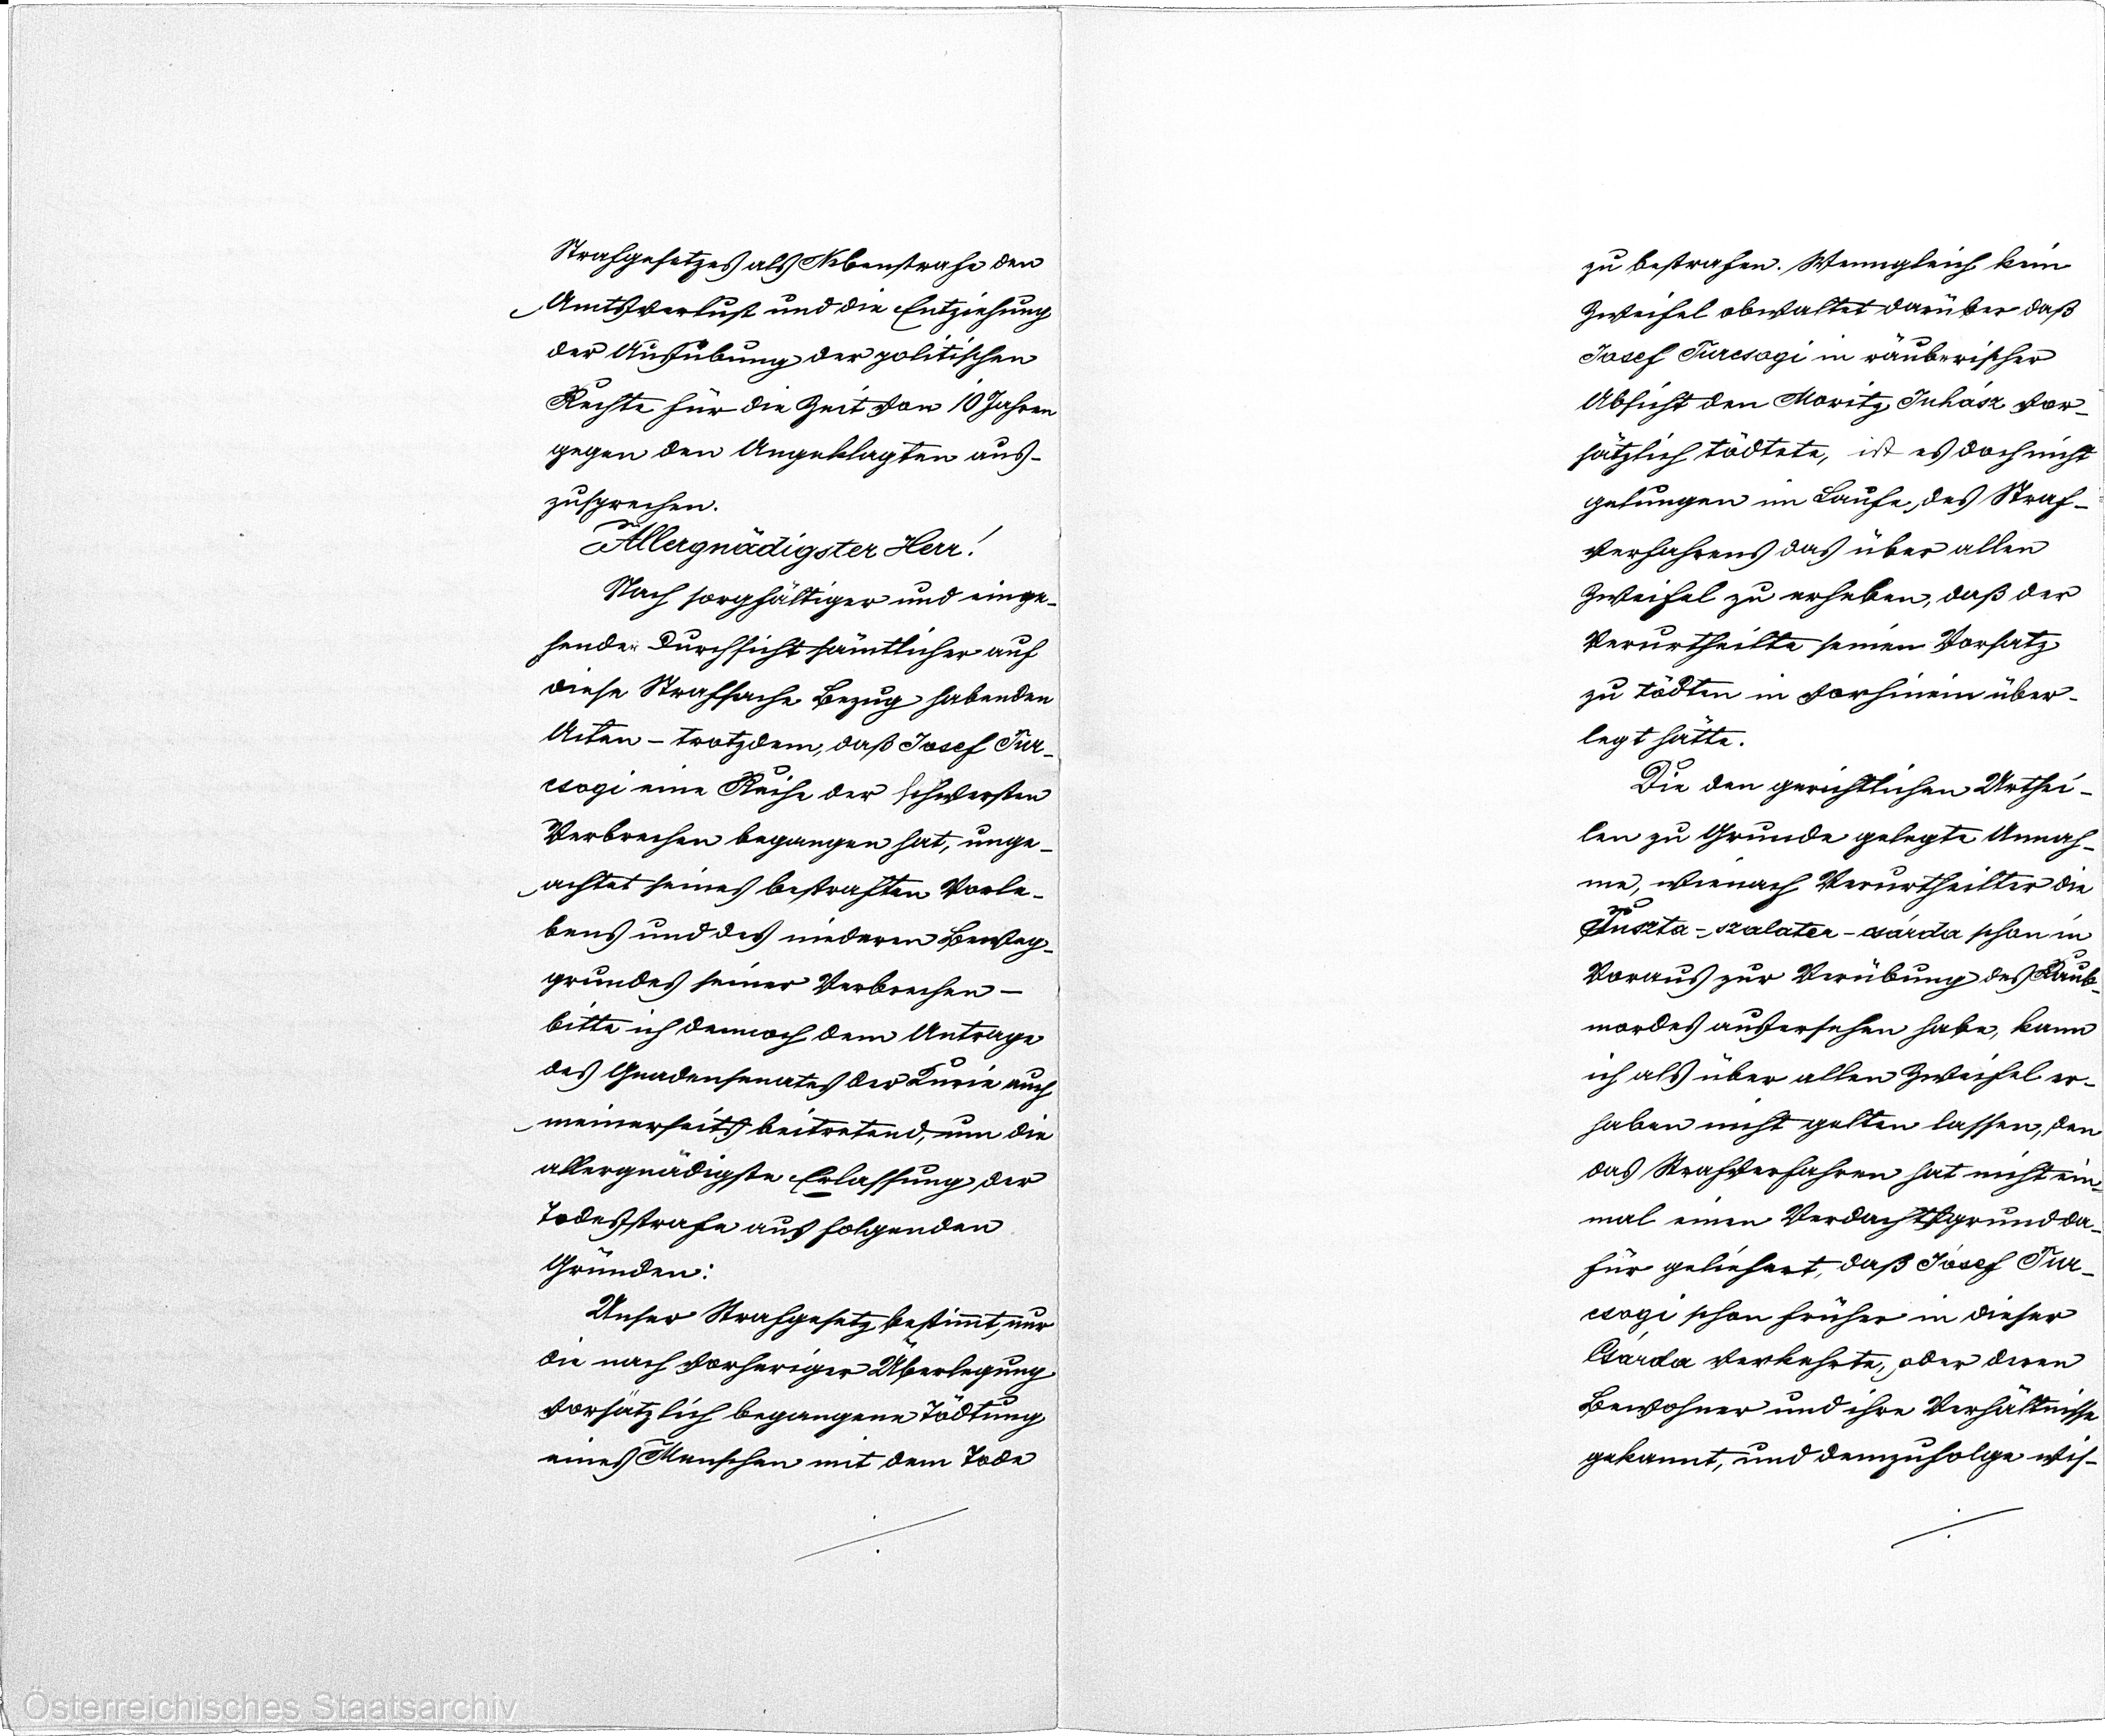
Strafgesetzes als Nebenstrafe den
Amtsverlust und die Entziehung
der Ausübung der politischen
Rechte für die Zeit von 10 Jahren
gegen den Angeklagten aus¬
zusprechen.
Allergnädigster Herr!
Nach sorgfältiger und einge¬
hender Durchsicht sämtlicher auf
diese Strafsache Bezug habenden
Acten - trotzdem, daß Josef Tur¬
csogi eine Reihe der schwersten
Verbrechen begangen hat, unge¬
achtet seines bestraften Vorle¬
bens und des niederen Beweg¬
grundes seiner Verbrechen -
bitte ich dennoch dem Antrage
des Gnadensenates der Kurie auch
meinerseits beitretend, um die
allergnädigste Erlassung der
Todestrafe aus folgenden
Gründen:
Unser Strafgesetz bestimmt, nur
die nach vorheriger Überlegung
vorsätzlich begangene Tödtung
eines Menschen mit dem Tode

zu bestrafen. Wenngleich kein
Zweifel obwaltet darüber daß
Josef Turcsogi in räuberischer
Absicht den Moritz Inhász vor¬
sätzlich tödtete, ist es doch nicht
gelungen im Laufe, des Straf¬
verfahrens das über allen
Zweifel zu erheben, daß der
Verurtheilte seinen Vorsatz
zu tödten in vorhinein über¬
legt hätte.
Die den gerichtlichen Urthei¬
len zu Grunde gelegte Annah¬
me, wienach Verurtheilter die
Inszta-szalater-osárda schon in
Voraus zur Verübung des Raub¬
mordes ausersehen habe, kann
ich als über allen Zweifel er¬
haben nicht gelten lassen, den
das Strafverfahren hat nicht ein¬
mal einen Verdach xxgrund da¬
für geliefert, daß Jósef Tur
csogi schon früher in dieser
Csárda verkehrte, ader deren
Bewohner und ihre Verhältnisse
gekannt, und demzufolge wis¬